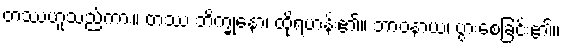
တဿဟူသည်ကား။ တဿ ဘိက္ခုနော၊ ထိုရဟန်း၏။ ဘာဝနာယ၊ ပွားစေခြင်း၏။